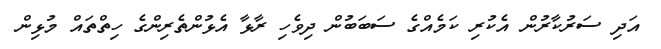
އަދި ސަރުކާރުން އެކުރި ކަމެއްގެ ސަބަބުން ދިވެހި ރާޅާ އެޅުންތެރިންގެ ހިތްތައް މުޅިން